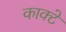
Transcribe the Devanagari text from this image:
काक्टे